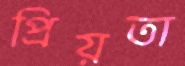
প্রিয়তা